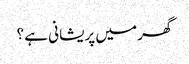
گھر میں پریشانی ہے ؟